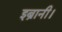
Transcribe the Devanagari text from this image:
इब्रानी।